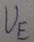
Text: UE